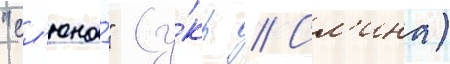
"сл'юна́" (у́кр // Сл'ина)